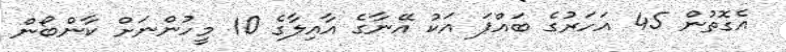
އެގޮތުން 45 އަހަރުގެ ބައްޕަ އަކު އޭނާގެ އާއިލާގެ 10 މީހުންނަށް ކާންބޯން